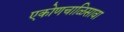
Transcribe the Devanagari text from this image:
एकोणचाळिसावा